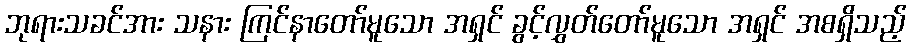
ဘုရားသခင်အား သနား ကြင်နာတော်မူသော အရှင် ခွင့်လွှတ်တော်မူသော အရှင် အစရှိသည့်